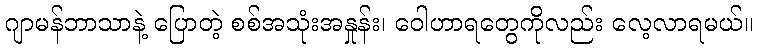
ဂျာမန်ဘာသာနဲ့ ပြောတဲ့ စစ်အသုံးအနှုန်း၊ ဝေါဟာရတွေကိုလည်း လေ့လာရမယ်။